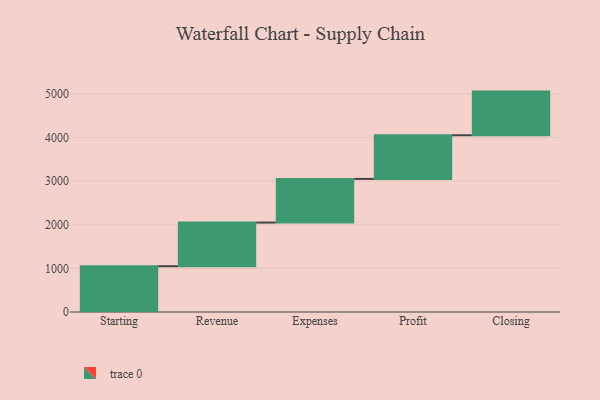
{"axis": {"x": "Step", "y": "Value"}, "legend": [""], "data": [{"x": "Starting", "y": 1049.0, "type": ""}, {"x": "Revenue", "y": 1000, "type": ""}, {"x": "Expenses", "y": 1000, "type": ""}, {"x": "Profit", "y": 1000, "type": ""}, {"x": "Closing", "y": 1000, "type": ""}]}